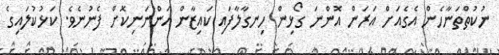
ނުކުތްތަނާހެން އެގެއަށް އަރަން އޮންނަ ގޯޅިން ހިނގާލާފައި ކައިޒާން އަންނަނިކޮށް ފެނުނެވެ. ކަޅުކުލައިގެ